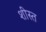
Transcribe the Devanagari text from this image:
शीस्त